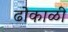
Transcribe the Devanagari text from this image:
ढोकाळी